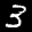
Label: 3